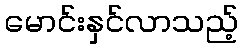
မောင်းနှင်လာသည့်